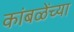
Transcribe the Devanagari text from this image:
कांबळेंच्या